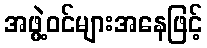
အဖွဲ့ဝင်များအနေဖြင့်